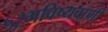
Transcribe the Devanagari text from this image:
५।भविष्यवाणी